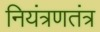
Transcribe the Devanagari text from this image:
नियंत्रणतंत्र